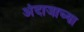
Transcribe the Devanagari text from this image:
अंदाजाच्या